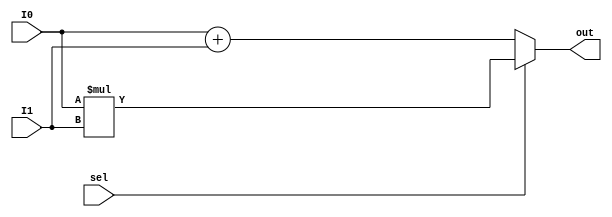
module if_else(I0,I1,sel,out);
    input I0,I1,sel;
    output reg [1:0]out;


    always @ (I0 or I1 or sel)
    begin
        if (sel == 1'b0)

            out = I0 + I1;
        else 
            out = I0 * I1;       
    end


endmodule